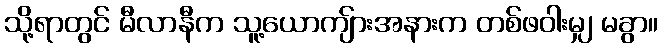
သို့ရာတွင် မီလာနီက သူ့ယောကျ်ားအနားက တစ်ဖဝါးမျှ မခွာ။